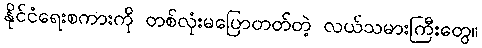
နိုင်ငံရေးစကားကို တစ်လုံးမပြောတတ်တဲ့ လယ်သမားကြီးတွေ။